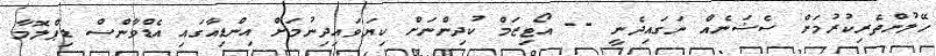
ހޭލުންތެރިކުރުމަށް ސެޝަނެއް ނަގައިދެނީ -- އޯޓިޒަމް ކުދިންނަށް ކިޔަވައިދިނުމަށް އިންޑިއާގައި އެޑްވާންސް ޑިޕްލޮމާ